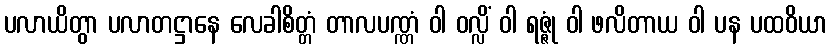
ပလာယိတွာ ပလာတဋ္ဌာနေ လေခါစိတ္တံ တာလပဏ္ဏံ ဝါ ဝလ္လိံ ဝါ ရဇ္ဇုံ ဝါ ဖလိတာယ ဝါ ပန ပထဝိယာ